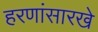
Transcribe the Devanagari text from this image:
हरणांसारखे